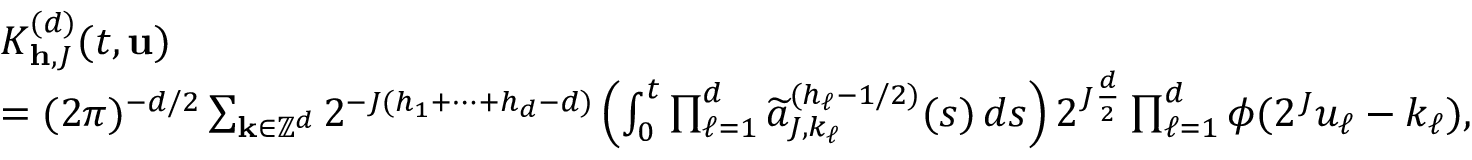
\begin{array} { r l } & { K _ { \mathbf { h } , J } ^ { ( d ) } ( t , \mathbf { u } ) } \\ & { = ( 2 \pi ) ^ { - d / 2 } \sum _ { \mathbf { k } \in \mathbb { Z } ^ { d } } 2 ^ { - J ( h _ { 1 } + \cdots + h _ { d } - d ) } \left( \int _ { 0 } ^ { t } \prod _ { \ell = 1 } ^ { d } \widetilde { a } _ { J , k _ { \ell } } ^ { ( h _ { \ell } - 1 / 2 ) } ( s ) \, d s \right) 2 ^ { J \frac { d } { 2 } } \prod _ { \ell = 1 } ^ { d } \phi ( 2 ^ { J } u _ { \ell } - k _ { \ell } ) , } \end{array}